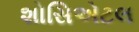
શોસિએટલ